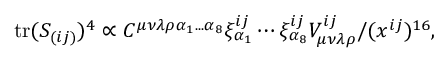
\mathrm { t r } ( S _ { ( i j ) } ) ^ { 4 } \propto C ^ { \mu \nu \lambda \rho \alpha _ { 1 } . . . \alpha _ { 8 } } \xi _ { \alpha _ { 1 } } ^ { i j } \cdots \xi _ { \alpha _ { 8 } } ^ { i j } V _ { \mu \nu \lambda \rho } ^ { i j } / ( x ^ { i j } ) ^ { 1 6 } ,